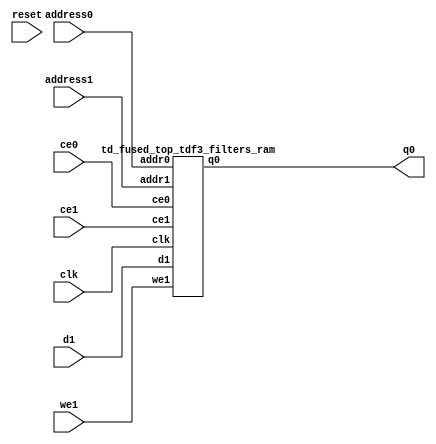
`define EXPONENT 5
`define MANTISSA 10
`define ACTUAL_MANTISSA 11
`define EXPONENT_LSB 10
`define EXPONENT_MSB 14
`define MANTISSA_LSB 0
`define MANTISSA_MSB 9
`define MANTISSA_MUL_SPLIT_LSB 3
`define MANTISSA_MUL_SPLIT_MSB 9
`define SIGN 1
`define SIGN_LOC 15
`define DWIDTH (`SIGN+`EXPONENT+`MANTISSA)
`define IEEE_COMPLIANCE 1

module td_fused_top_tdf3_filters(
    reset,
    clk,
    address0,
    ce0,
    q0,
    address1,
    ce1,
    we1,
    d1);

parameter DataWidth = 32'd16;
parameter AddressRange = 32'd512;
parameter AddressWidth = 32'd9;
input reset;
input clk;
input[AddressWidth - 1:0] address0;
input ce0;
output[DataWidth - 1:0] q0;
input[AddressWidth - 1:0] address1;
input ce1;
input we1;
input[DataWidth - 1:0] d1;



td_fused_top_tdf3_filters_ram td_fused_top_tdf3_filters_ram_U(
    .clk( clk ),
    .addr0( address0 ),
    .ce0( ce0 ),
    .q0( q0 ),
    .addr1( address1 ),
    .ce1( ce1 ),
    .we1( we1 ),
    .d1( d1 )
);

endmodule
module td_fused_top_tdf3_filters_ram (addr0, ce0, q0, addr1, ce1, d1, we1,  clk);

parameter DWIDTH = 16;
parameter AWIDTH = 9;
parameter MEM_SIZE = 512;

input[AWIDTH-1:0] addr0;
input ce0;
output wire[DWIDTH-1:0] q0;
input[AWIDTH-1:0] addr1;
input ce1;
input[DWIDTH-1:0] d1;
input we1;
input clk;

 reg [DWIDTH-1:0] ram[MEM_SIZE-1:0];
wire [AWIDTH-1:0] addr0_t0; 
reg [AWIDTH-1:0] addr0_t1; 
reg [DWIDTH-1:0] q0_t0;
reg [DWIDTH-1:0] q0_t1;
wire [AWIDTH-1:0] addr1_t0; 
reg [AWIDTH-1:0] addr1_t1; 
wire [DWIDTH-1:0] d1_t0; 
wire we1_t0; 
reg [DWIDTH-1:0] d1_t1; 
reg we1_t1; 


assign addr0_t0 = addr0;
assign q0 = q0_t1;
assign addr1_t0 = addr1;
assign d1_t0 = d1;
assign we1_t0 = we1;

always @(posedge clk)  
begin
    if (ce0) 
    begin
        addr0_t1 <= addr0_t0; 
        q0_t1 <= q0_t0;
    end
    if (ce1) 
    begin
        addr1_t1 <= addr1_t0; 
        d1_t1 <= d1_t0;
        we1_t1 <= we1_t0;
    end
end


always @(posedge clk)  
begin 
    if (ce0) begin
        q0_t0 <= ram[addr0_t1];
    end
end


always @(posedge clk)  
begin 
    if (ce1) begin
        if (we1_t1) 
            ram[addr1_t1] <= d1_t1; 
    end
end


endmodule